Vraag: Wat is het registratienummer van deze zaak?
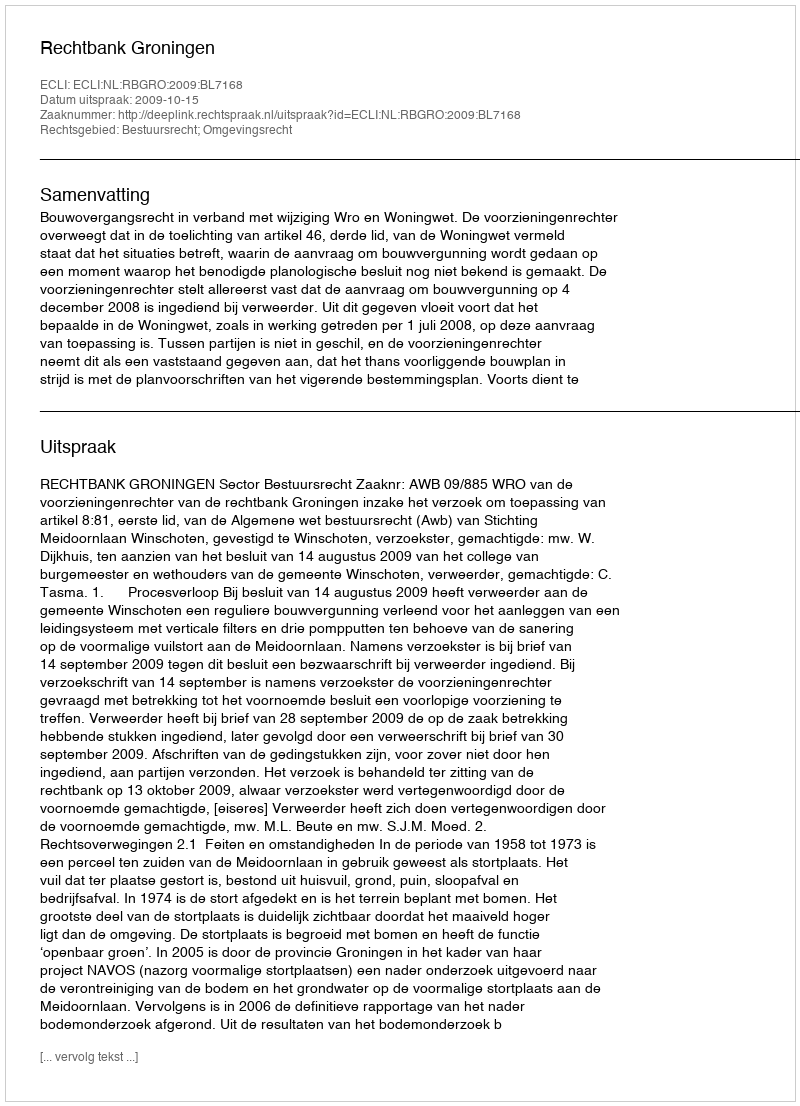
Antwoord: http://deeplink.rechtspraak.nl/uitspraak?id=ECLI:NL:RBGRO:2009:BL7168